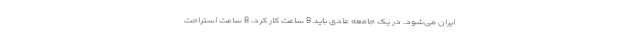
ایران می‌شود. در یک جامعه عادی باید 8 ساعت کار کرد، 8 ساعت استراحت